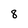
Character: 8